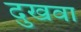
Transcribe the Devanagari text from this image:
दुखवा